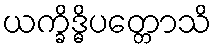
ယက္ခိဒ္ဓိပတ္တောသိ